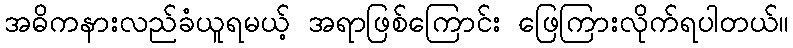
အဓိကနားလည်ခံယူရမယ့် အရာဖြစ်ကြောင်း ဖြေကြားလိုက်ရပါတယ်။